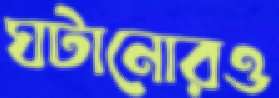
ঘটানোরও